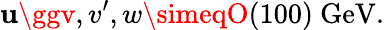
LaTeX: \mathbf{u}\ggv,v^{\prime},w\simeqO(100)\ \mathrm{{GeV}}.